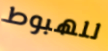
للهبوط